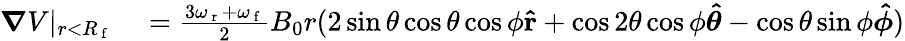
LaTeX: \begin{array}{rl}{\boldsymbol{\nabla}V\vert_{r<R_{\mathrm{~f~}}}}&{{}=\frac{3\omega_{\mathrm{~r~}}+\omega_{\mathrm{~f~}}}{2}B_{0}r(2\sin\theta\cos\theta\cos\phi\mathbf{\hat{r}}+\cos 2\theta\cos\phi\boldsymbol{\hat{\theta}}-\cos\theta\sin\phi\boldsymbol{\hat{\phi}})}\end{array}